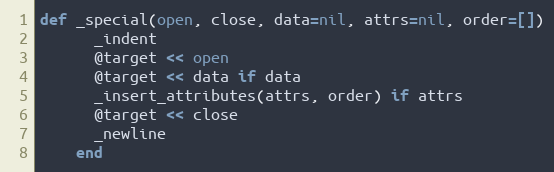
Language: Ruby
def _special(open, close, data=nil, attrs=nil, order=[])
      _indent
      @target << open
      @target << data if data
      _insert_attributes(attrs, order) if attrs
      @target << close
      _newline
    end